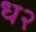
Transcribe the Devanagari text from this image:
ध२